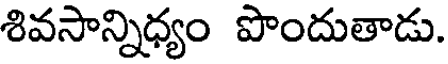
శివసాన్నిధ్యం పొందుతాడు.